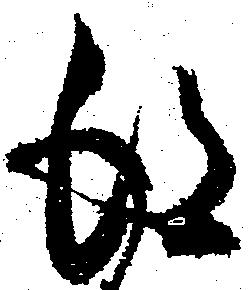
得